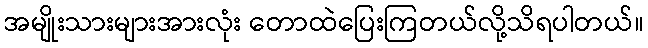
အမျိုးသားများအားလုံး တောထဲပြေးကြတယ်လို့သိရပါတယ်။